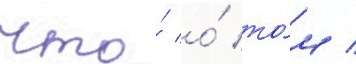
что́ о́ то́м /